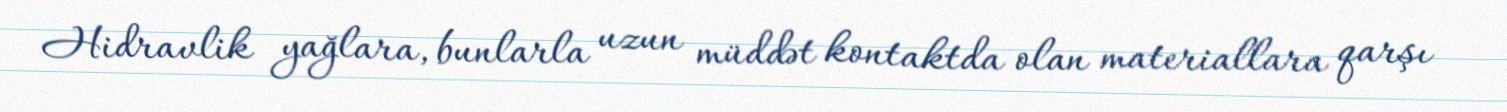
Hidravlik yağlara, bunlarla uzun müddət kontaktda olan materiallara qarşı